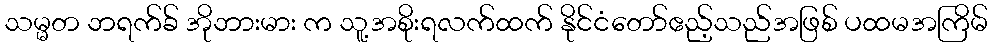
သမ္မတ ဘရက်ခ် အိုဘားမား က သူ့အစိုးရလက်ထက် နိုင်ငံတော်ဧည့်သည်အဖြစ် ပထမအကြိမ်